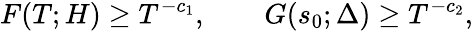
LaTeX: F(T;H)\geq T^{-c_{1}},\qquad G(s_{0};\Delta)\geq T^{-c_{2}},